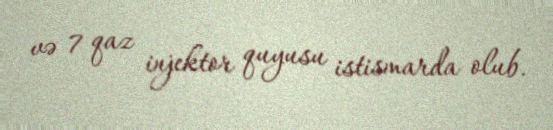
və 7 qaz injektor quyusu istismarda olub.